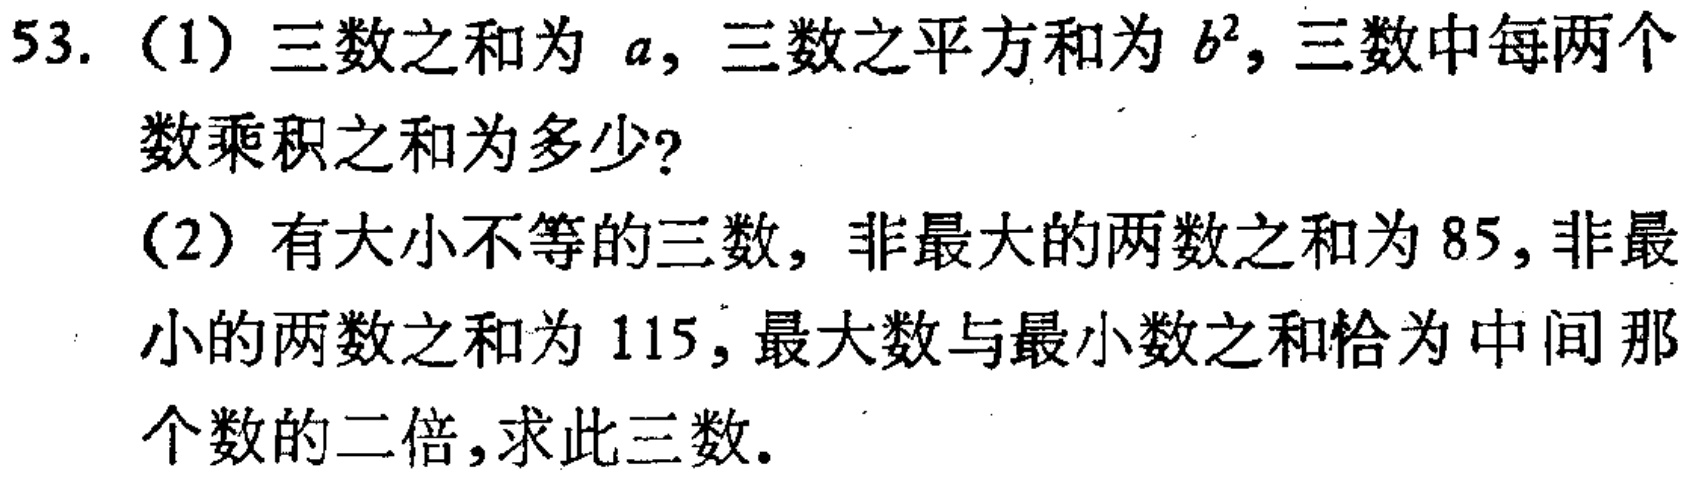
53. （1）三数之和为 \(a\)，三数之平方和为 \(b^{2}\)，三数中每两个数乘积之和为多少？
（2）有大小不等的三数，非最大的两数之和为 \(85\)，非最小的两数之和为 \(115\)，最大数与最小数之和恰为中间那个数的二倍，求此三数。